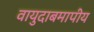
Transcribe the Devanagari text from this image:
वायुदाबमापीय